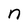
Character: n